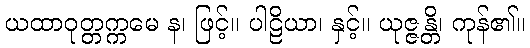
ယထာဝုတ္တက္ကမေ န၊ ဖြင့်။ ပါဠိယာ၊ နှင့်။ ယုဇ္ဇန္တိ၊ ကုန်၏။